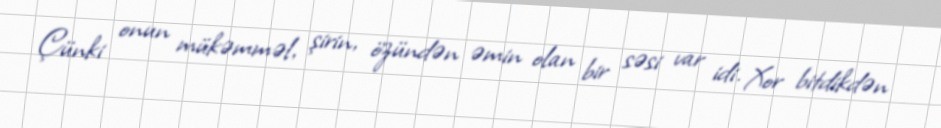
Çünki onun mükəmməl, şirin, özündən əmin olan bir səsi var idi. Xor bitdikdən